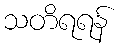
သတိရရန်